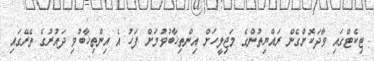
ޓިކެޓްގައި ވާދަކޮށްގެން ރައްޔިތުންގެ މަޖިލީހަށް އިންތިޚާބުވުމަށް ފަހު އެ އިންތިޚާބުވި ދައުރުގެ ތެރޭގައި